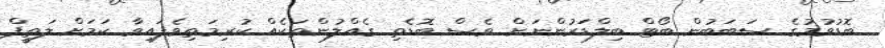
ބޮޑުވުމުގެ ސަބަބުން ބޯޓް ބިލްޑަރުންނަށް ވެސް ބޮޑެތި ގެއްލުންތަކެއް ކުރިމަތިވެފައިވާ ކަމަށް ލަތީފް